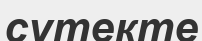
сутекте